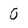
Character: 0